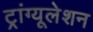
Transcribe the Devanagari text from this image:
ट्रांग्यूलेशन